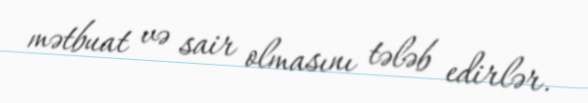
mətbuat və sair olmasını tələb edirlər.